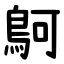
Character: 鴚